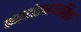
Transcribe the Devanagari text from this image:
फाइटोरासायनिक